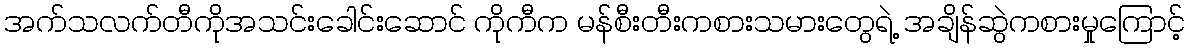
အက်သလက်တီကိုအသင်းခေါင်းဆောင် ကိုကီက မန်စီးတီးကစားသမားတွေရဲ့ အချိန်ဆွဲကစားမှုကြောင့်